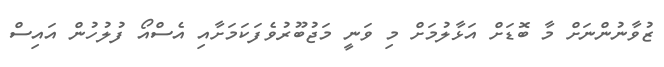
ޒުވާނުންނަށް މާ ބޮޑަށް އަޅާލުމަށް މި ވަނީ މަޖުބޫރުވެފަކަމަށާއި އެސްއޯ ފުލުހުން އައިސް